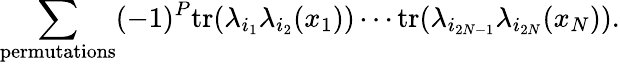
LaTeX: \sum_{\mathrm{permutations}}(-1)^{P}\mathrm{tr}(\lambda_{i_{1}}\lambda_{i_{2}}(x_{1}))\cdots\mathrm{tr}(\lambda_{i_{2N-1}}\lambda_{i_{2N}}(x_{N})).